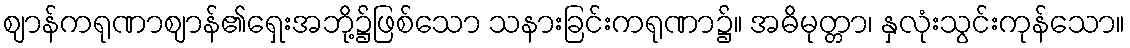
ဈာန်ကရုဏာဈာန်၏ရှေးအဘို့၌ဖြစ်သော သနားခြင်းကရုဏာ၌။ အဓိမုတ္တာ၊ နှလုံးသွင်းကုန်သော။